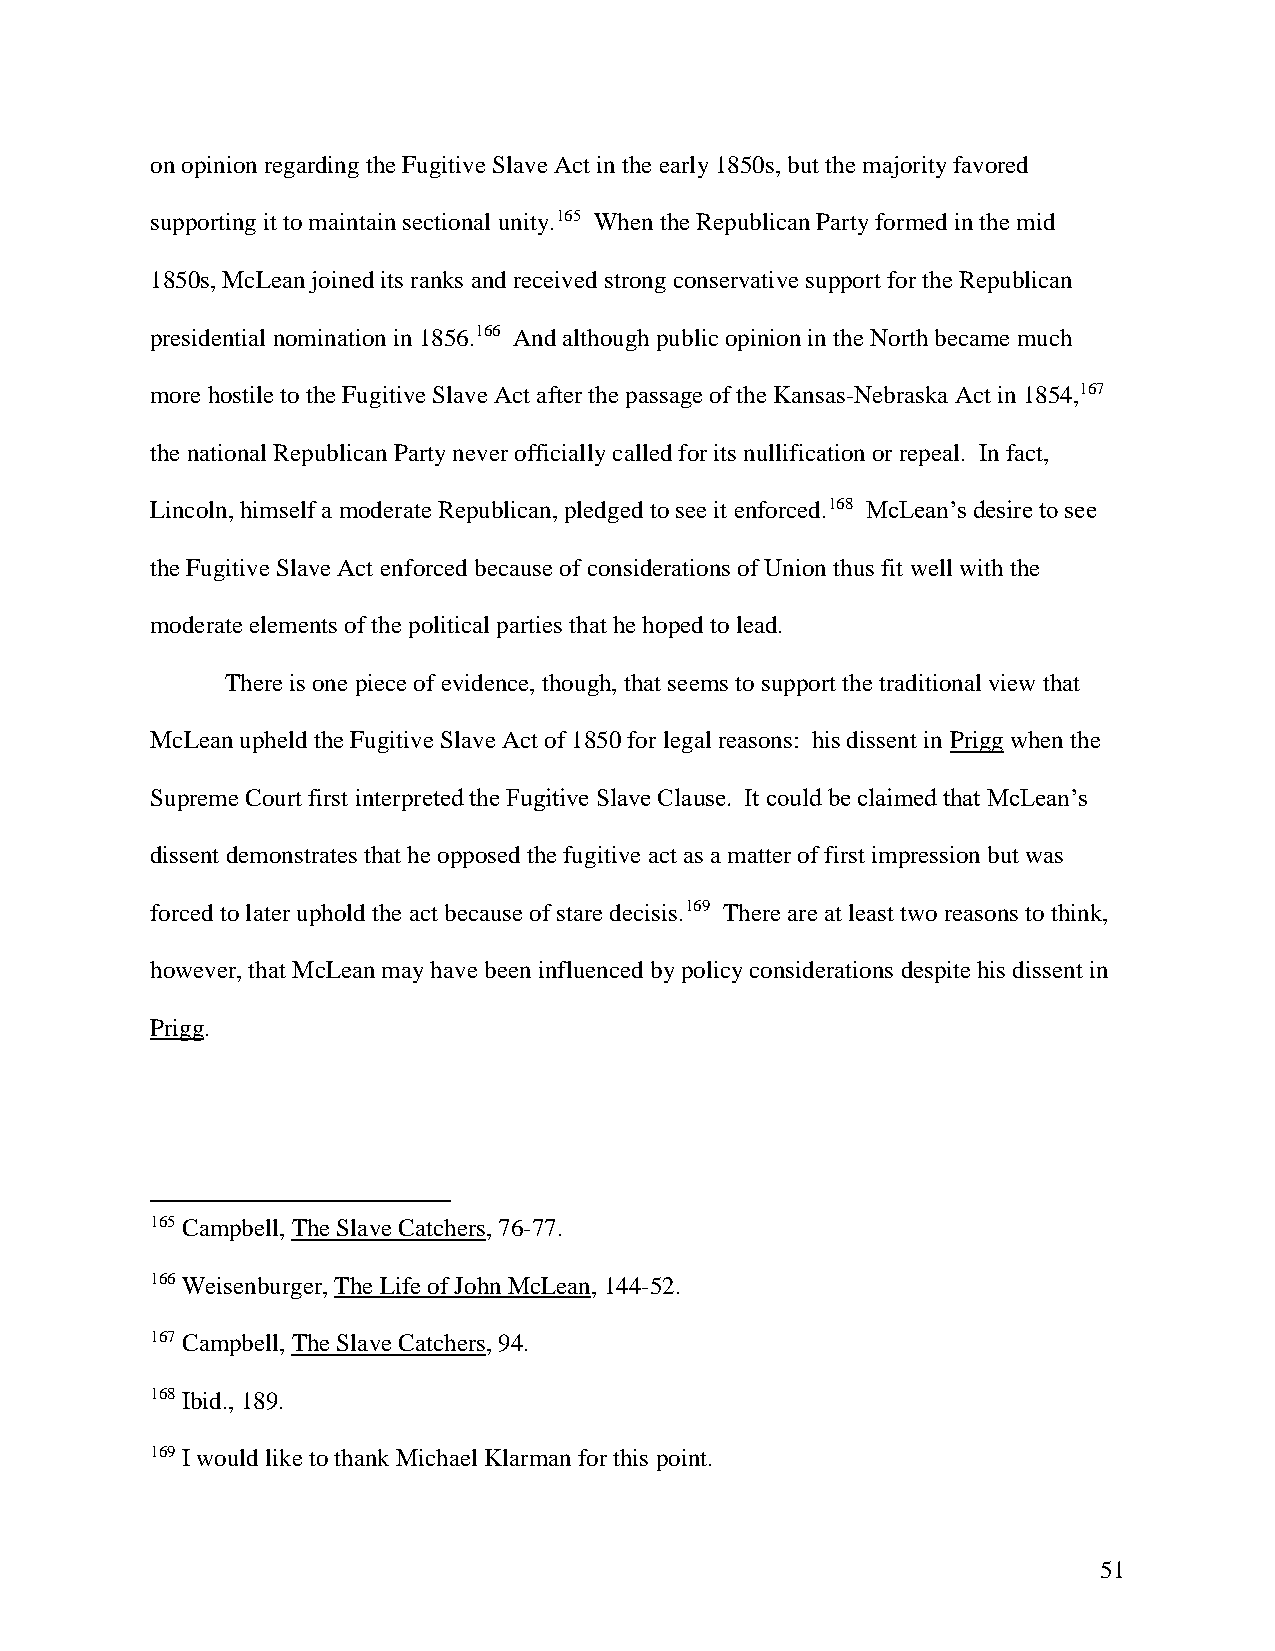
on opinion regarding the Fugitive Slave Act in the early 1850s, but the majority favored
 supporting it to maintain sectional unity.165 When the Republican Party formed in the mid
 1850s, McLean joined its ranks and received strong conservative support for the Republican
 presidential nomination in 1856.166 And although public opinion in the North became much
 more hostile to the Fugitive Slave Act after the passage of the Kansas-Nebraska Act in 1854,167
 the national Republican Party never officially called for its nullification or repeal. In fact,
 Lincoln, himself a moderate Republican, pledged to see it enforced.168 McLean’s desire to see
 the Fugitive Slave Act enforced because of considerations of Union thus fit well with the
 moderate elements of the political parties that he hoped to lead.
 There is one piece of evidence, though, that seems to support the traditional view that
 McLean upheld the Fugitive Slave Act of 1850 for legal reasons: his dissent in Prigg when the
 Supreme Court first interpreted the Fugitive Slave Clause. It could be claimed that McLean’s
 dissent demonstrates that he opposed the fugitive act as a matter of first impression but was
 forced to later uphold the act because of stare decisis.169 There are at least two reasons to think,
 however, that McLean may have been influenced by policy considerations despite his dissent in
 Prigg.
 165 Campbell, The Slave Catchers, 76-77.
 166 Weisenburger, The Life of John McLean, 144-52.
 167 Campbell, The Slave Catchers, 94.
 168 Ibid., 189.
 169 I would like to thank Michael Klarman for this point.
 51